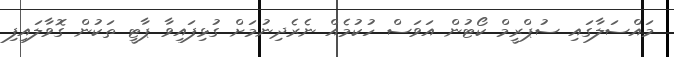
މައްސަލާގައި ސުޕްރީމް ކޯޓުން އަވަސް ހުކުމެއް ނެރެދިނުމަށް ގުޅިފައިވާ ޕާޓީ ތަކުން ގޮވާލައިފި